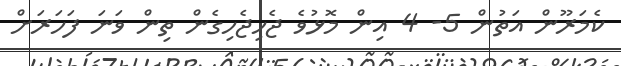
ކެމަރޫން އަތުން 5- 4 އިން މޮޅުވެ ޖެހިޖެހިގެން ތިން ވަނަ ފަހަރަށް